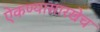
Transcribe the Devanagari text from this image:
ऐकण्यासारखेच